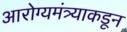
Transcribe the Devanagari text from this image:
आरोग्यमंत्र्याकडून